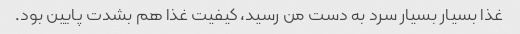
غذا بسیار بسیار سرد به دست من رسید، کیفیت غذا هم بشدت پایین بود.